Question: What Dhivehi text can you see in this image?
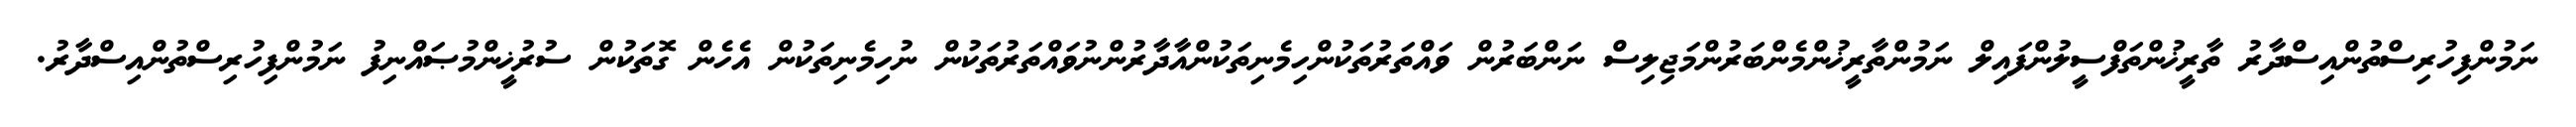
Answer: ނަމުންފިހުރިސްތުންއިސްދާރު ތާރީޚުންތަފްސީލުންފައިލް ނަމުންތާރީޚުންމެންބަރުންމަޖިލިސް ނަންބަރުން ވައްތަރުތަކުންހިމެނިތަކުންއާދާރުންނުވައްތަރުތަކުން ނުހިމެނިތަކުން އެހެން ގޮތަކުން ސުރުޚީންމުޞައްނިފު ނަމުންފިހުރިސްތުންއިސްދާރު.